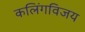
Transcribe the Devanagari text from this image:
कलिंगविजय